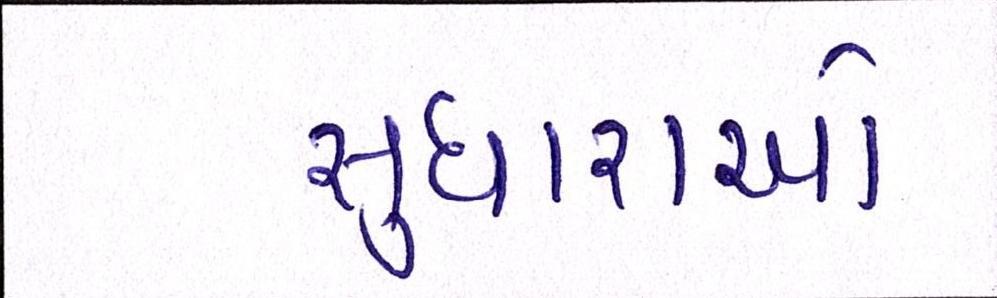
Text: સુધારાઓ